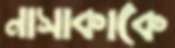
নাসাকাকে